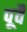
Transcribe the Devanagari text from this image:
पूवै